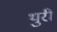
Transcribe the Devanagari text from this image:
थुरी